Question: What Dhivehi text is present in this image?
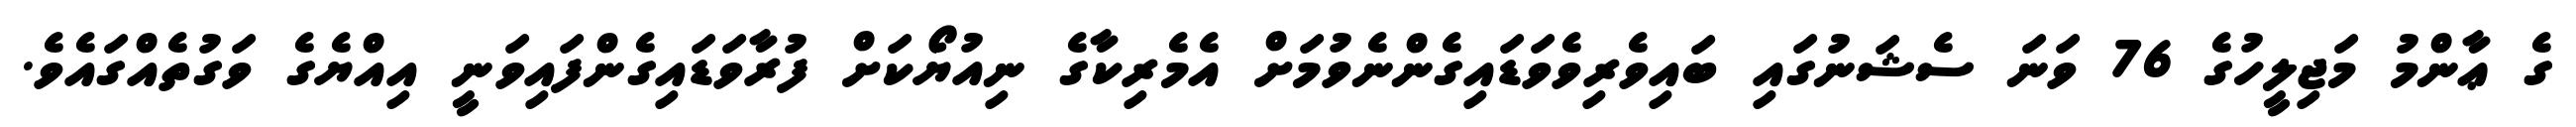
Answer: ގެ ޢާންމު މަޖިލީހުގެ 76 ވަނަ ސެޝަނުގައި ބައިވެރިވެވަޑައިގެންނެވުމަށް އެމެރިކާގެ ނިއުޔޯކަށް ފުރާވަޑައިގެންފައިވަނީ އިއްޔެގެ ވަގުތެއްގައެވެ.